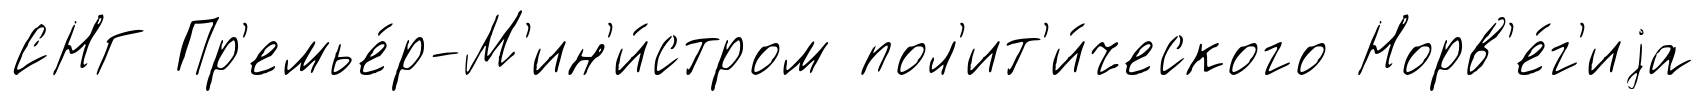
СНГ Пр'емье́р-М'ин'и́стром пол'ит'и́ческого Норв'е́г'иjа